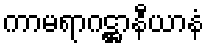
ကာမရာဂဋ္ဌာနီယာနံ